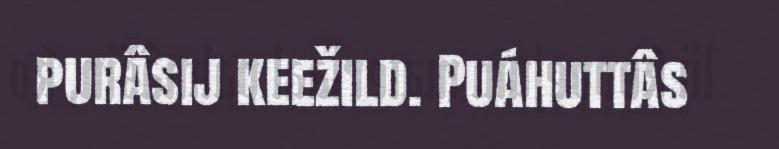
purâsij keežild. Puáhuttâs